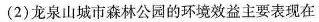
(2)龙泉山城市森林公园的环境效益主要表现在